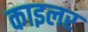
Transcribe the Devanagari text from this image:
काइलर